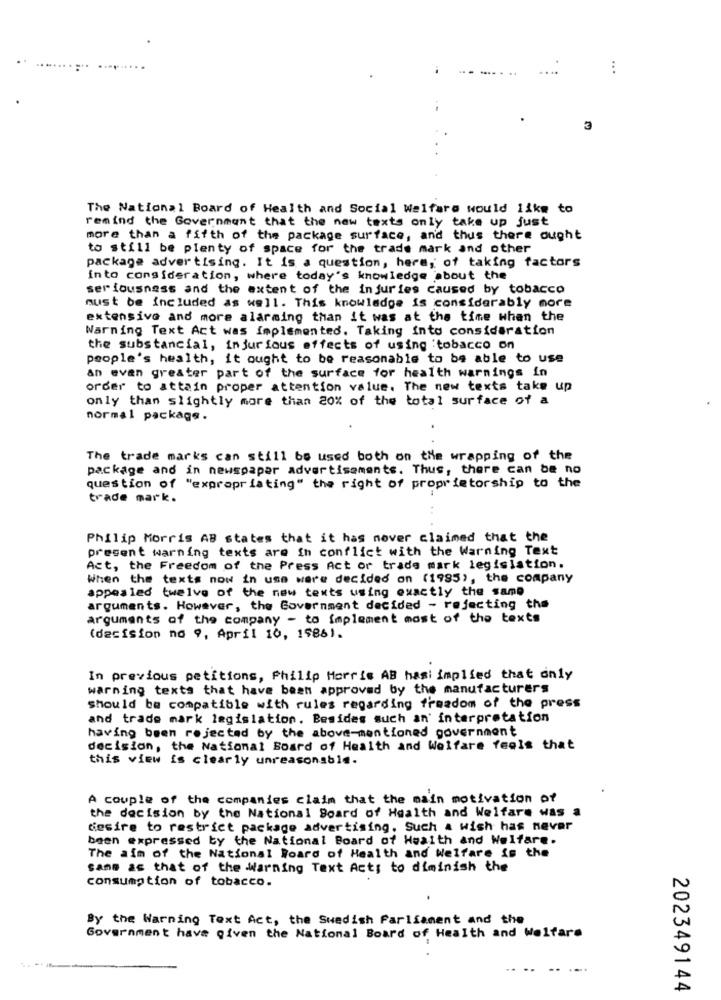
...
---- .
. ..
...
3
The National Board of Health and Social Welfare would like to
remind the Government that the new texts only take up just
more than a fifth of the package surface, and thus there ought
to still be plenty of space for the trade mark and other
package advertising. It is a question, here, of taking factors
into consideration, where today's knowledge about the
seriousness and the extent of the injuries caused by tobacco
must be included as well. This knowledge is considerably more
extensive and more alarming than it was at the time when the
Warning Text Act was implemented. Taking into consideration
the substancial, injurious effects of using :tobacco on
people's health, it ought to be reasonable to be able to use
an even greater part of the surface for health warnings in
order to attain proper attention value. The new texts take up
only than slightly more than 20% of the total surface of a
normal package.
The trade marks can still be used both on the wrapping of the
package and in newspaper advertisements. Thus, there can be no
question of "expropriating" the right of proprietorship to the
trade mark.
Philip Morris AB states that it has nover claimed that the
present warning texts are in conflict with the Warning Text
Act, the Freedom of the Press Act or trade mark legislation.
When the texts now in use were decided on (1995), the company
appealed twelve of the new texts using exactly the same
arguments. However, the Government decided - rejecting the
arguments of the company - to implement most of the texts
(decision no 9, April 10, 1986).
In previous petitions, Philip Morris AB has: implied that only
warning texts that have been approved by the manufacturers
Should be compatible with rules regarding freedom of the press
and trade mark legislation. Besides such an' interpretation
having been rejected by the above-mentioned government
decision, the National Board of Health and Welfare feels that
this view is clearly unreasonable.
A couple of the companies claim that the main motivation of
the decision by the National Board of Health and Welfare was a
desire to restrict package advertising, Such a wish has never
been expressed by the National Board of Health and Welfare.
The aim of the National Board of Health and Welfare is the
same as that of the Warning Text Acts to diminish the
consumption of tobacco.
By the Warning Text Act, the Swedish Parliament and the
Government have given the National Board of Health and Welfare
.... .. .-.
202349144